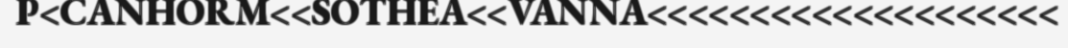
P<CANHORM<<SOTHEA<<VANNA<<<<<<<<<<<<<<<<<<<<